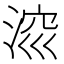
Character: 𣷁